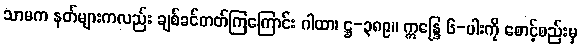
သာမက နတ်များကလည်း ချစ်ခင်တတ်ကြကြောင်း ဂါထာ၊ ဋ္ဌ-၃၈၉။ ဣန္ဒြေ ၆-ပါးကို စောင့်စည်းမှ